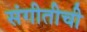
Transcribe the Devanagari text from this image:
संगीतीची